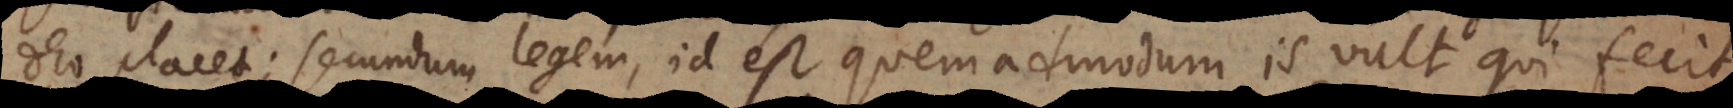
Deo placet; secundum legem, id est quemadmodum is vult qui fecit